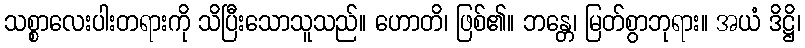
သစ္စာလေးပါးတရားကို သိပြီးသောသူသည်။ ဟောတိ၊ ဖြစ်၏။ ဘန္တေ၊ မြတ်စွာဘုရား။ အယံ ဒိဋ္ဌိ၊